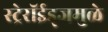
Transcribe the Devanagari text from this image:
स्ट्रेरॉईड्जमुळे